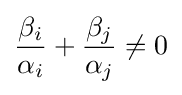
{\frac {\beta _{i}}{\alpha _{i}}}+{\frac {\beta _{j}}{\alpha _{j}}}\neq 0